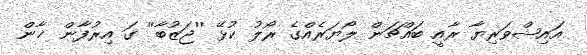
އައިޝްވަރިޔާ ރާއީ ބައްޗަން ލޯޔަރެއްގެ ރޯލު ކުޅޭ ''ޖަޒުބާ'' ގަ އިރުފާން ޚާން